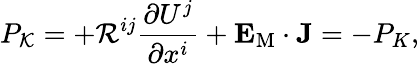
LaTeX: P_{\cal{K}}=+{\cal{R}}^{ij}\frac{\partial U^{j}}{\partial x^{i}}+{\mathbf{E}}_{\mathrm{{M}}}\cdot{\mathbf{J}}=-P_{K},